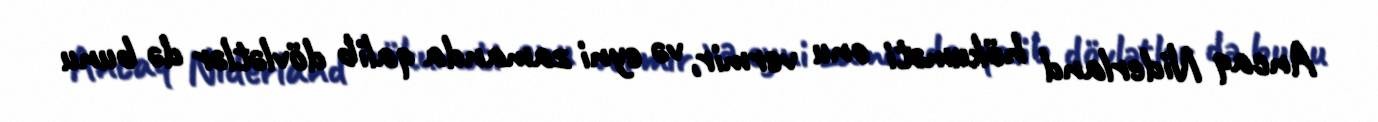
Ancaq Niderland hökuməti onu vermir, və eyni zamanda qalib dövlətlər də bunu